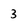
Character: 3